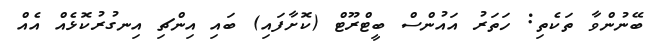
ބޭނުންވާ ތަކެތި: ހަތަރު އައުންސް ބީޓްރޫޓް (ކޮށާފައި) ބައި އިންޗި އިނގުރުކޮޅެއް އެއް